Report on horse surra - Volume II, Part I
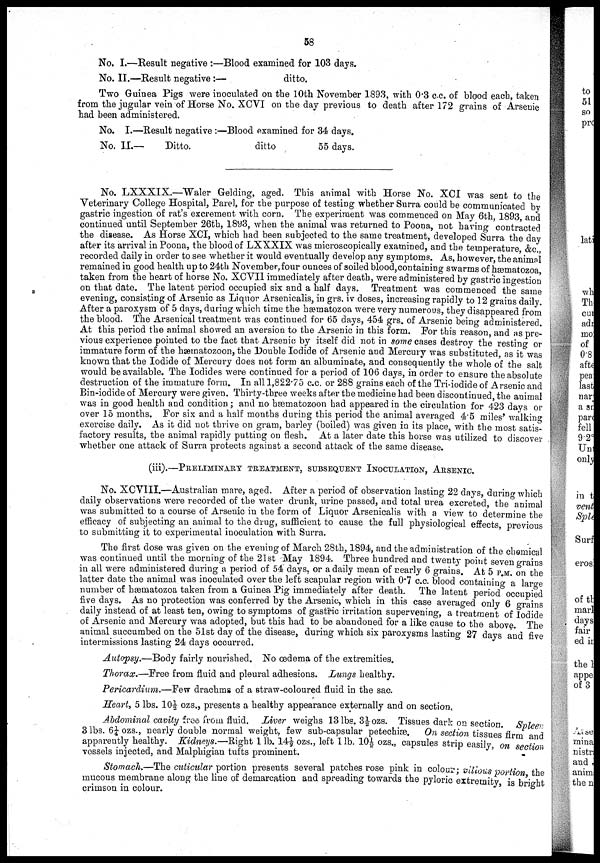
58
No. I.—Result negative :—Blood examined for 103 days.
No. II.—Result negative :—
ditto.
Two Guinea Pigs were inoculated on the 10th November 1893, with 0.3 c.c. of blood each, taken
from the jugular vein of Horse No. XCVI on the day previous to death after 172 grains of Arsenic
had been administered.
No. I.—Result negative :—Blood examined for 34 days.
No. II.—
Ditto.
ditto
55 days.
No. LXXXIX.—Waler Gelding, aged. This animal with Horse No. XCI was sent to the
Veterinary College Hospital, Parel, for the purpose of testing whether Surra could be communicated by
gastric ingestion of rat's excrement with corn. The experiment was commenced on May 6th, 1893, and
continued until September 26th, 1893, when the animal was returned to Poona, not having contracted
the disease. As Horse XCI, which had been subjected to the same treatment, developed Surra the day
after its arrival in Poona, the blood of LXXXIX was microscopically examined, and the temperature, &c.,
recorded daily in order to see whether it would eventually develop any symptoms. As, however, the animal
remained in good health up to 24th November, four ounces of soiled blood, containing swarms of hæmatozoa
taken from the heart of horse No. XCVII immediately after death, were administered by gastric ingestion
on that date. The latent period occupied six and a half days. Treatment was commenced the same
evening, consisting of Arsenic as Liquor Arsenicalis, in grs. iv doses, increasing rapidly to 12 grains daily.
After a paroxysm of 5 days, during which time the hæmatozoa were very numerous, they disappeared from
the blood. The Arsenical treatment was continued for 65 days, 454 grs. of Arsenic being administered.
At this period the animal showed an aversion to the Arsenic in this form. For this reason, and as pre-
vious experience pointed to the fact that Arsenic by itself did not in some cases destroy the resting or
immature form of the hæmatozoon, the Double Iodide of Arsenic and Mercury was substituted, as it was
known that the Iodide of Mercury does not form an albuminate, and consequently the whole of the salt
would be available. The Iodides were continued for a period of 106 days, in order to ensure the absolute
destruction of the immature form. In all 1,822.75 c.c. or 288 grains each of the Tri-iodide of Arsenic and
Bin-iodide of Mercury were given. Thirty-three weeks after the medicine had been discontinued, the animal
was in good health and condition; and no hæmatozoon had appeared in the circulation for 423 days or
over 15 months. For six and a half months during this period the animal averaged 4.5 miles' walking
exercise daily. As it did not thrive on gram, barley (boiled) was given in its place, with the most satis-
factory results, the animal rapidly putting on flesh. At a later date this horse was utilized to discover
whether one attack of Surra protects against a second attack of the same disease.
(iii).—PRELIMINARY TREATMENT, SUBSEQUENT INOCULATION, ARSENIC.
No. XCVIII.—Australian mare, aged. After a period of observation lasting 22 days, during which
daily observations were recorded of the water drunk, urine passed, and total urea excreted, the animal
was submitted to a course of Arsenic in the form of Liquor Arsenicalis with a view to determine the
efficacy of subjecting an animal to the drug, sufficient to cause the full physiological effects, previous
to submitting it to experimental inoculation with Surra.
The first dose was given on the evening of March 28th, 1894, and the administration of the chemical
was continued until the morning of the 21st May 1894. Three hundred and twenty point seven grains
in all were administered during a period of 54 days, or a daily mean of nearly 6 grains. At 5 P.M. on the
latter date the animal was inoculated over the left scapular region with 0.7 c.c. blood containing a large
number of hæmatozoa taken from a Guinea Pig immediately after death. The latent period occupied
five days. As no protection was conferred by the Arsenic, which in this case averaged only 6 grains
daily instead of at least ten, owing to symptoms of gastric irritation supervening, a treatment of Iodide
of Arsenic and Mercury was adopted, but this had to be abandoned for a like cause to the above. The
animal succumbed on the 51st day of the disease, during which six paroxysms lasting 27 days and five
intermissions lasting 24 days occurred.
Autopsy.—Body fairly nourished. No œdema of the extremities.
Thorax.—Free from fluid and pleural adhesions. Lungs healthy.
Pericardium.—Few drachms of a straw-coloured fluid in the sac.
Heart, 5 lbs. 10½ ozs., presents a healthy appearance externally and on section.
Abdominal cavity free from fluid. Liver weighs 13 lbs. 3½ ozs. Tissues dark on section. Spleen
3 lbs. 6¼ ozs., nearly double normal weight, few sub-capsular petechiæ. On section tissues firm and
apparently healthy. Kidneys.—Right 1 lb. 14½ ozs., left 1 lb. 10½ ozs., capsules strip easily, on section
vessels injected, and Malphigian tufts prominent.
Stomach.—The cuticular portion presents several patches rose pink in colour; villous portion the
mucous membrane along the line of demarcation and spreading towards the pyloric extremity, is bright
crimson in colour.